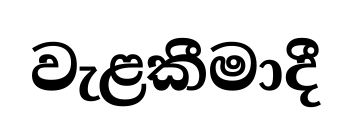
වැළකීමාදී